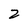
Character: 2